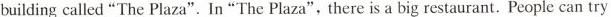
buildingcalled"The Plaza".In "The Plaza",there is a big restaurant.People can try